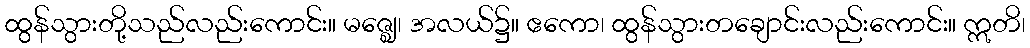
ထွန်သွားတို့သည်လည်းကောင်း။ မဇ္ဈေ၊ အလယ်၌။ ဧကော၊ ထွန်သွားတချောင်းလည်းကောင်း။ ဣတိ၊